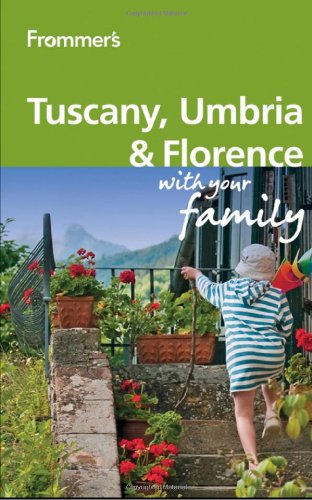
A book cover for Frommer's Tuscany, Umbria and Florence With Your Family (Frommers With Your Family Series); Donald Strachan; Travel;